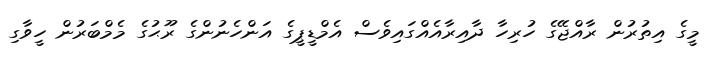
މީގެ އިތުރުން ރާއްޖޭގެ ހުރިހާ ދާއިރާއެއްގައިވެސް އެމްޑީޕީގެ އަންހެނުންގެ ރޫޙުގެ މެމްބަރުން ހީވާގި